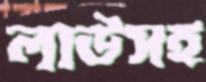
লাউসহ